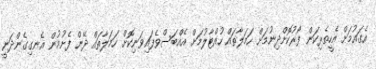
އެގައުމަށް އެހީތެރިކަން ފޯރުކޮށްދިނުމަށް ހަމަލާތައް ހުއްޓާލުމަށް އެއްބަސްވެފައިވަނިކޮށް ހަމަލާތައް ދޭން ފެށުމުން އެނގިގެންދަނީ